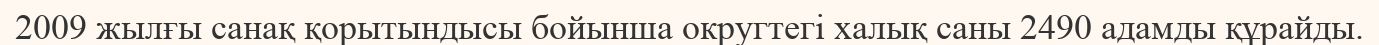
2009 жылғы санақ қорытындысы бойынша округтегі халық саны 2490 адамды құрайды.